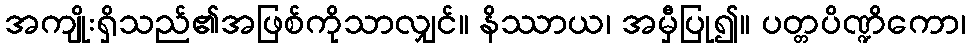
အကျိုးရှိသည်၏အဖြစ်ကိုသာလျှင်။ နိဿာယ၊ အမှီပြု၍။ ပတ္တပိဏ္ဍိကော၊